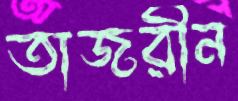
তাজরীন